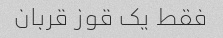
فقط یک قوز قربان